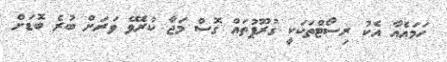
ހަމައެއާ އެކު ރިސޯޓްތަކަކީ ގުރޫޕުތައް ގޮސް މަޖާ ކުރެވޭ ވަރަށް ބުރެ ބޮޑަށް